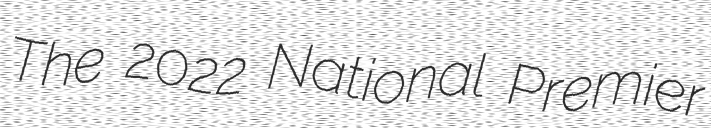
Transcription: The 2022 National Premier